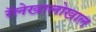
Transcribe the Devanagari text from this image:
रॅलेखालोखाल